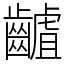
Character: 䶥